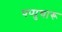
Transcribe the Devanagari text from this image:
पप्पुचारू